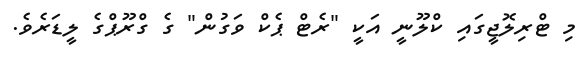
މި ޓްރިލޮޖީގައި ކްލޫނީ އަކީ "ރެޓް ޕެކް ވަގުން" ގެ ގްރޫޕްގެ ލީޑަރެވެ.